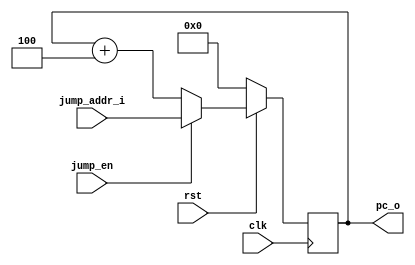
module pc_reg(
    input wire       clk,
    input wire       rst,
    input wire[31:0] jump_addr_i,
    input wire       jump_en,
    output reg[31:0] pc_o
);

    always @(posedge clk) begin
        if(rst == 1'b0)
            pc_o <= 32'b0;
        else if(jump_en)begin
          pc_o <= jump_addr_i;
        end
        else begin
            pc_o <= pc_o + 3'd4; // PC + 4
        end
    end
endmodule